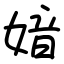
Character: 㛺